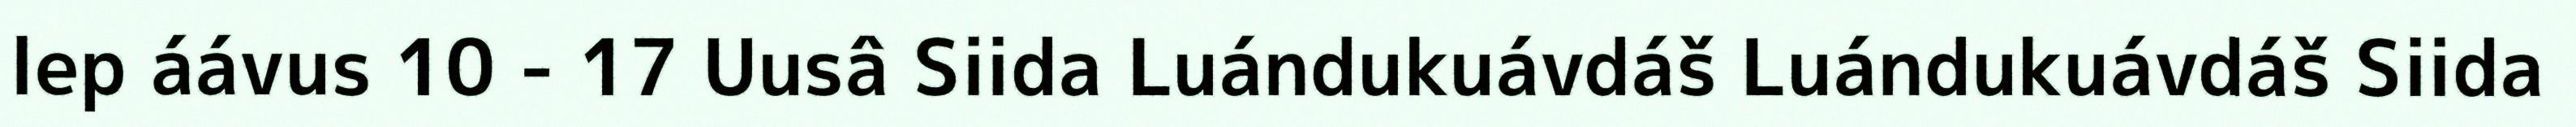
lep áávus 10 - 17 Uusâ Siida Luándukuávdáš Luándukuávdáš Siida